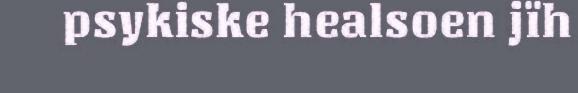
psykiske healsoen jïh